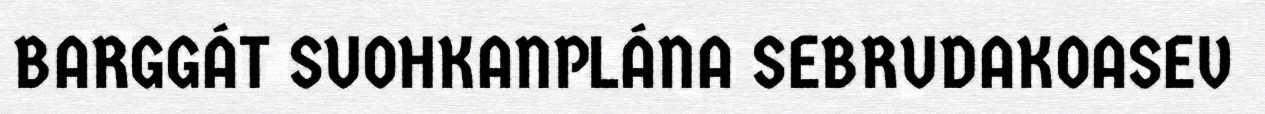
BARGGÁT SUOHKANPLÁNA SEBRUDAKOASEV